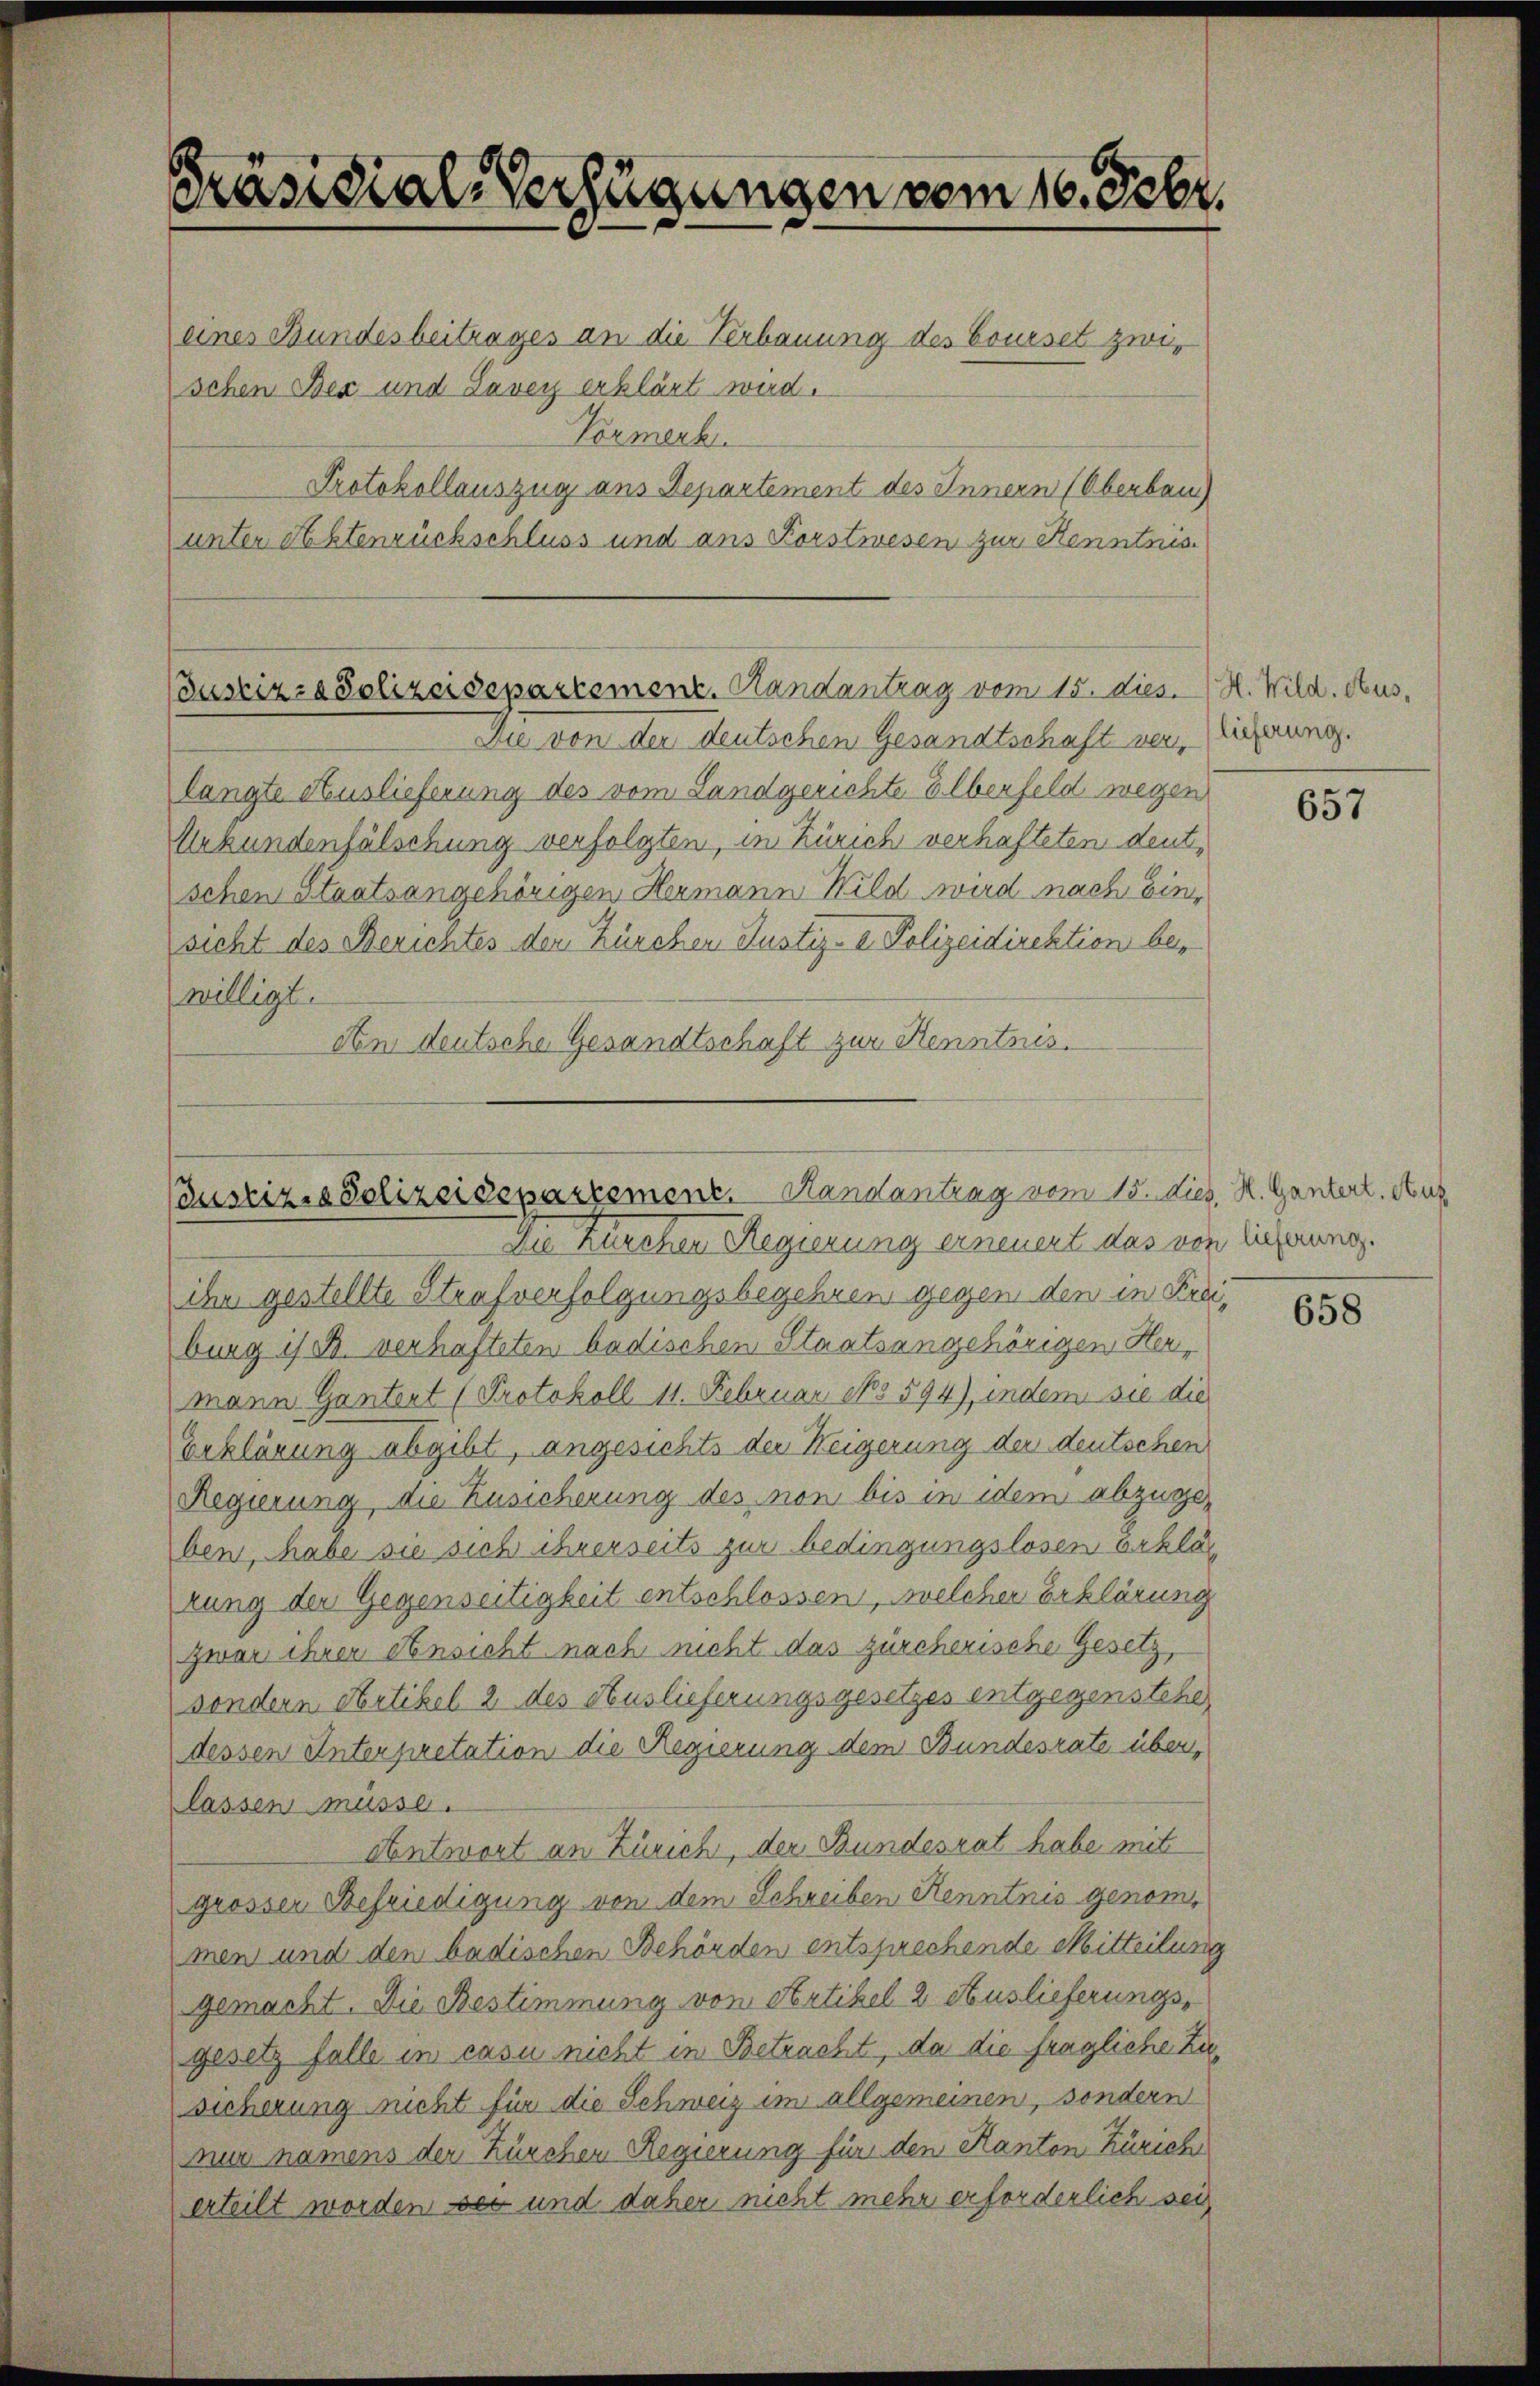
Präsidial-Verfügungen vom 16. Febr.
eines Bundesbeitrages an die Verbauung des Bouiset zwischen Bex und Savey erklärt wird.
Vormerk.
Protokollauszug aus Departement des Innern (Oberbau
unter Aktenrückschluss und aus Korstwesen zur Kenntnis

Bustiz- & Polizeidepartemenz. Randantrag vom 15. dies. H. Wild. Aus¬

Die von der deutschen Gesandtschaft verlangte Auslieferung des vom Landgerichte Elberfeld wegen
Urkundenfälschung verfolgten, in Zürich verhafteten deutschen Staatsangehörigen Hermann Wild wird nach Einsicht des Berichtes der Zürchen Justiz- & Polizeidirektion bewilligt.
An deutsche Gesandtschaft zur Kenntnis.

Coustiz- & Polizeidepartement. Handantrag vom 15. dies, H. Gantert. Aus

Die Kirchen Regierung erneuert das von lieferung.
ihr gestellte Strafverfolgungsbegehren gegen den in Freiburg is B. verhafteten badischen Staatsangehörigen Hermann Gantent (Protokoll 11. Februar No 594), indem sie die
Beklärung abgibt, angesichte der Weigerung der deutschen
Regierung, die Zusicherung des non bis in dem abzugeben, habe sie sich ihrerseits zur bedingungslosen Erklär
rung der Gegenseitigkeit entschlossen, welcher Erklärung
zwar ihrer Ansicht nach nicht das zürcherische Gesetz
sondern Artikel 2 des Auslieferungsgesetzes entgegenstehe,
dessen Interpretation die Regierung dem Bundesrate über,
lassen müsse.
Antwort an Zürich, der Bundesrat habe mit
grosser Befriedigung von dem Schreiben Kenntnis genommen und den badischen Behörden entsprechende Mitteilung
gemacht. Die Bestimmung von Artikel 2 Auslieferungsgesetz falle in casu nicht in Betracht, da die fragliche Zusicherung nicht für die Schweiz im allgemeinen, sondern
nur namens der Zürchen Regierung für den Kanton Zürich
erteilt worden sei und daher nicht mehr erforderlich sei

lieferung.

657

658